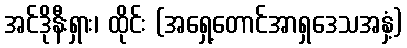
အင်ဒိုနီးရှား၊ ထိုင်း (အရှေ့တောင်အာရှဒေသအနှံ့)